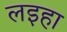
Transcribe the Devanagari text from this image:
लइहा